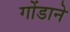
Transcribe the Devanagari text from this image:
गोंडाने